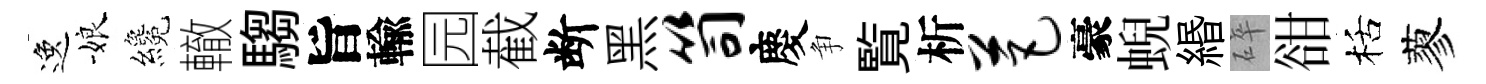
逸娘纔轍騶旨輸园截断黑笥慶争覧析芭豪蜺緡碎𧮳栝蓼